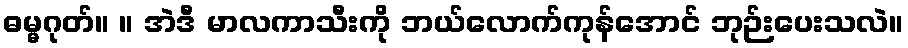
ဓမ္မဂုတ်။ ။ အဲဒီ မာလကာသီးကို ဘယ်လောက်ကုန်အောင် ဘုဉ်းပေးသလဲ။